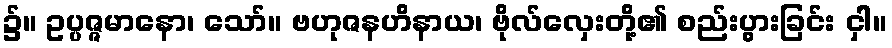
၌။ ဥပ္ပဇ္ဇမာနော၊ သော်။ ဗဟုဇနဟိနာယ၊ ဗိုလ်လှေးတို့၏ စည်းပွားခြင်း ငှါ။